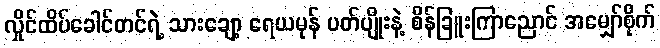
လှိုင်ထိပ်ခေါင်တင်ရဲ့ သားချော့ ရေယမုန် ပတ်ပျိုးနဲ့ စိန်ခြူးကြာညောင် အမျှော်စိုက်